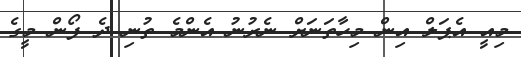
މިއީ އެޕަލް އިން މިހާތަނަށް ނެރުނު އެންމެ ތުނި ދެ ފޯން މީގެ